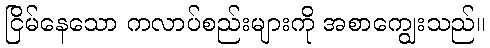
ငြိမ်နေသော ကလာပ်စည်းများကို အစာကျွေးသည်။